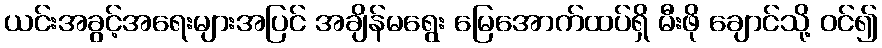
ယင်းအခွင့်အရေးများအပြင် အချိန်မရွေး မြေအောက်ထပ်ရှိ မီးဖို ချောင်သို့ ဝင်၍